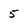
Character: 5